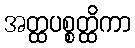
အတ္ထပစ္စတ္ထိကာ